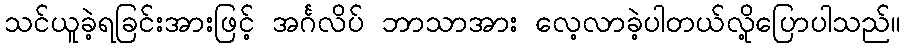
သင်ယူခဲ့ရခြင်းအားဖြင့် အင်္ဂလိပ် ဘာသာအား လေ့လာခဲ့ပါတယ်လို့ပြောပါသည်။